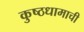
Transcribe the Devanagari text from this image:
कुष्ठधामाची